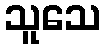
သူသေ